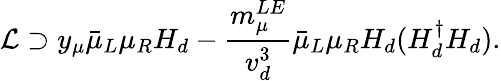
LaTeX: \mathcal{L}\supset y_{\mu}\bar{\mu}_{L}\mu_{R}H_{d}-\frac{m_{\mu}^{LE}}{v_{d}^{3}}\bar{\mu}_{L}\mu_{R}H_{d}(H_{d}^{\dagger}H_{d}).